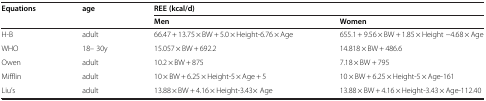
| <ROWSPAN=2> Equations | <ROWSPAN=2> age | <COLSPAN=2> REE (kcal/d) |
 | Men | Women |
 | --- | --- | --- | --- |
 | H-B | adult | 66.47 + 13.75 × BW + 5.0 × Height-6.76 × Age | 655.1 + 9.56 × BW + 1.85 × Height −4.68 × Age |
 | WHO | 18– 30y | 15.057 × BW + 692.2 | 14.818 × BW + 486.6 |
 | Owen | adult | 10.2 × BW + 875 | 7.18 × BW + 795 |
 | Mifflin | adult | 10 × BW + 6.25 × Height-5 × Age + 5 | 10 × BW + 6.25 × Height-5 × Age-161 |
 | Liu’s | adult | 13.88 × BW + 4.16 × Height-3.43× Age | 13.88 × BW + 4.16 × Height-3.43 × Age-112.40 |